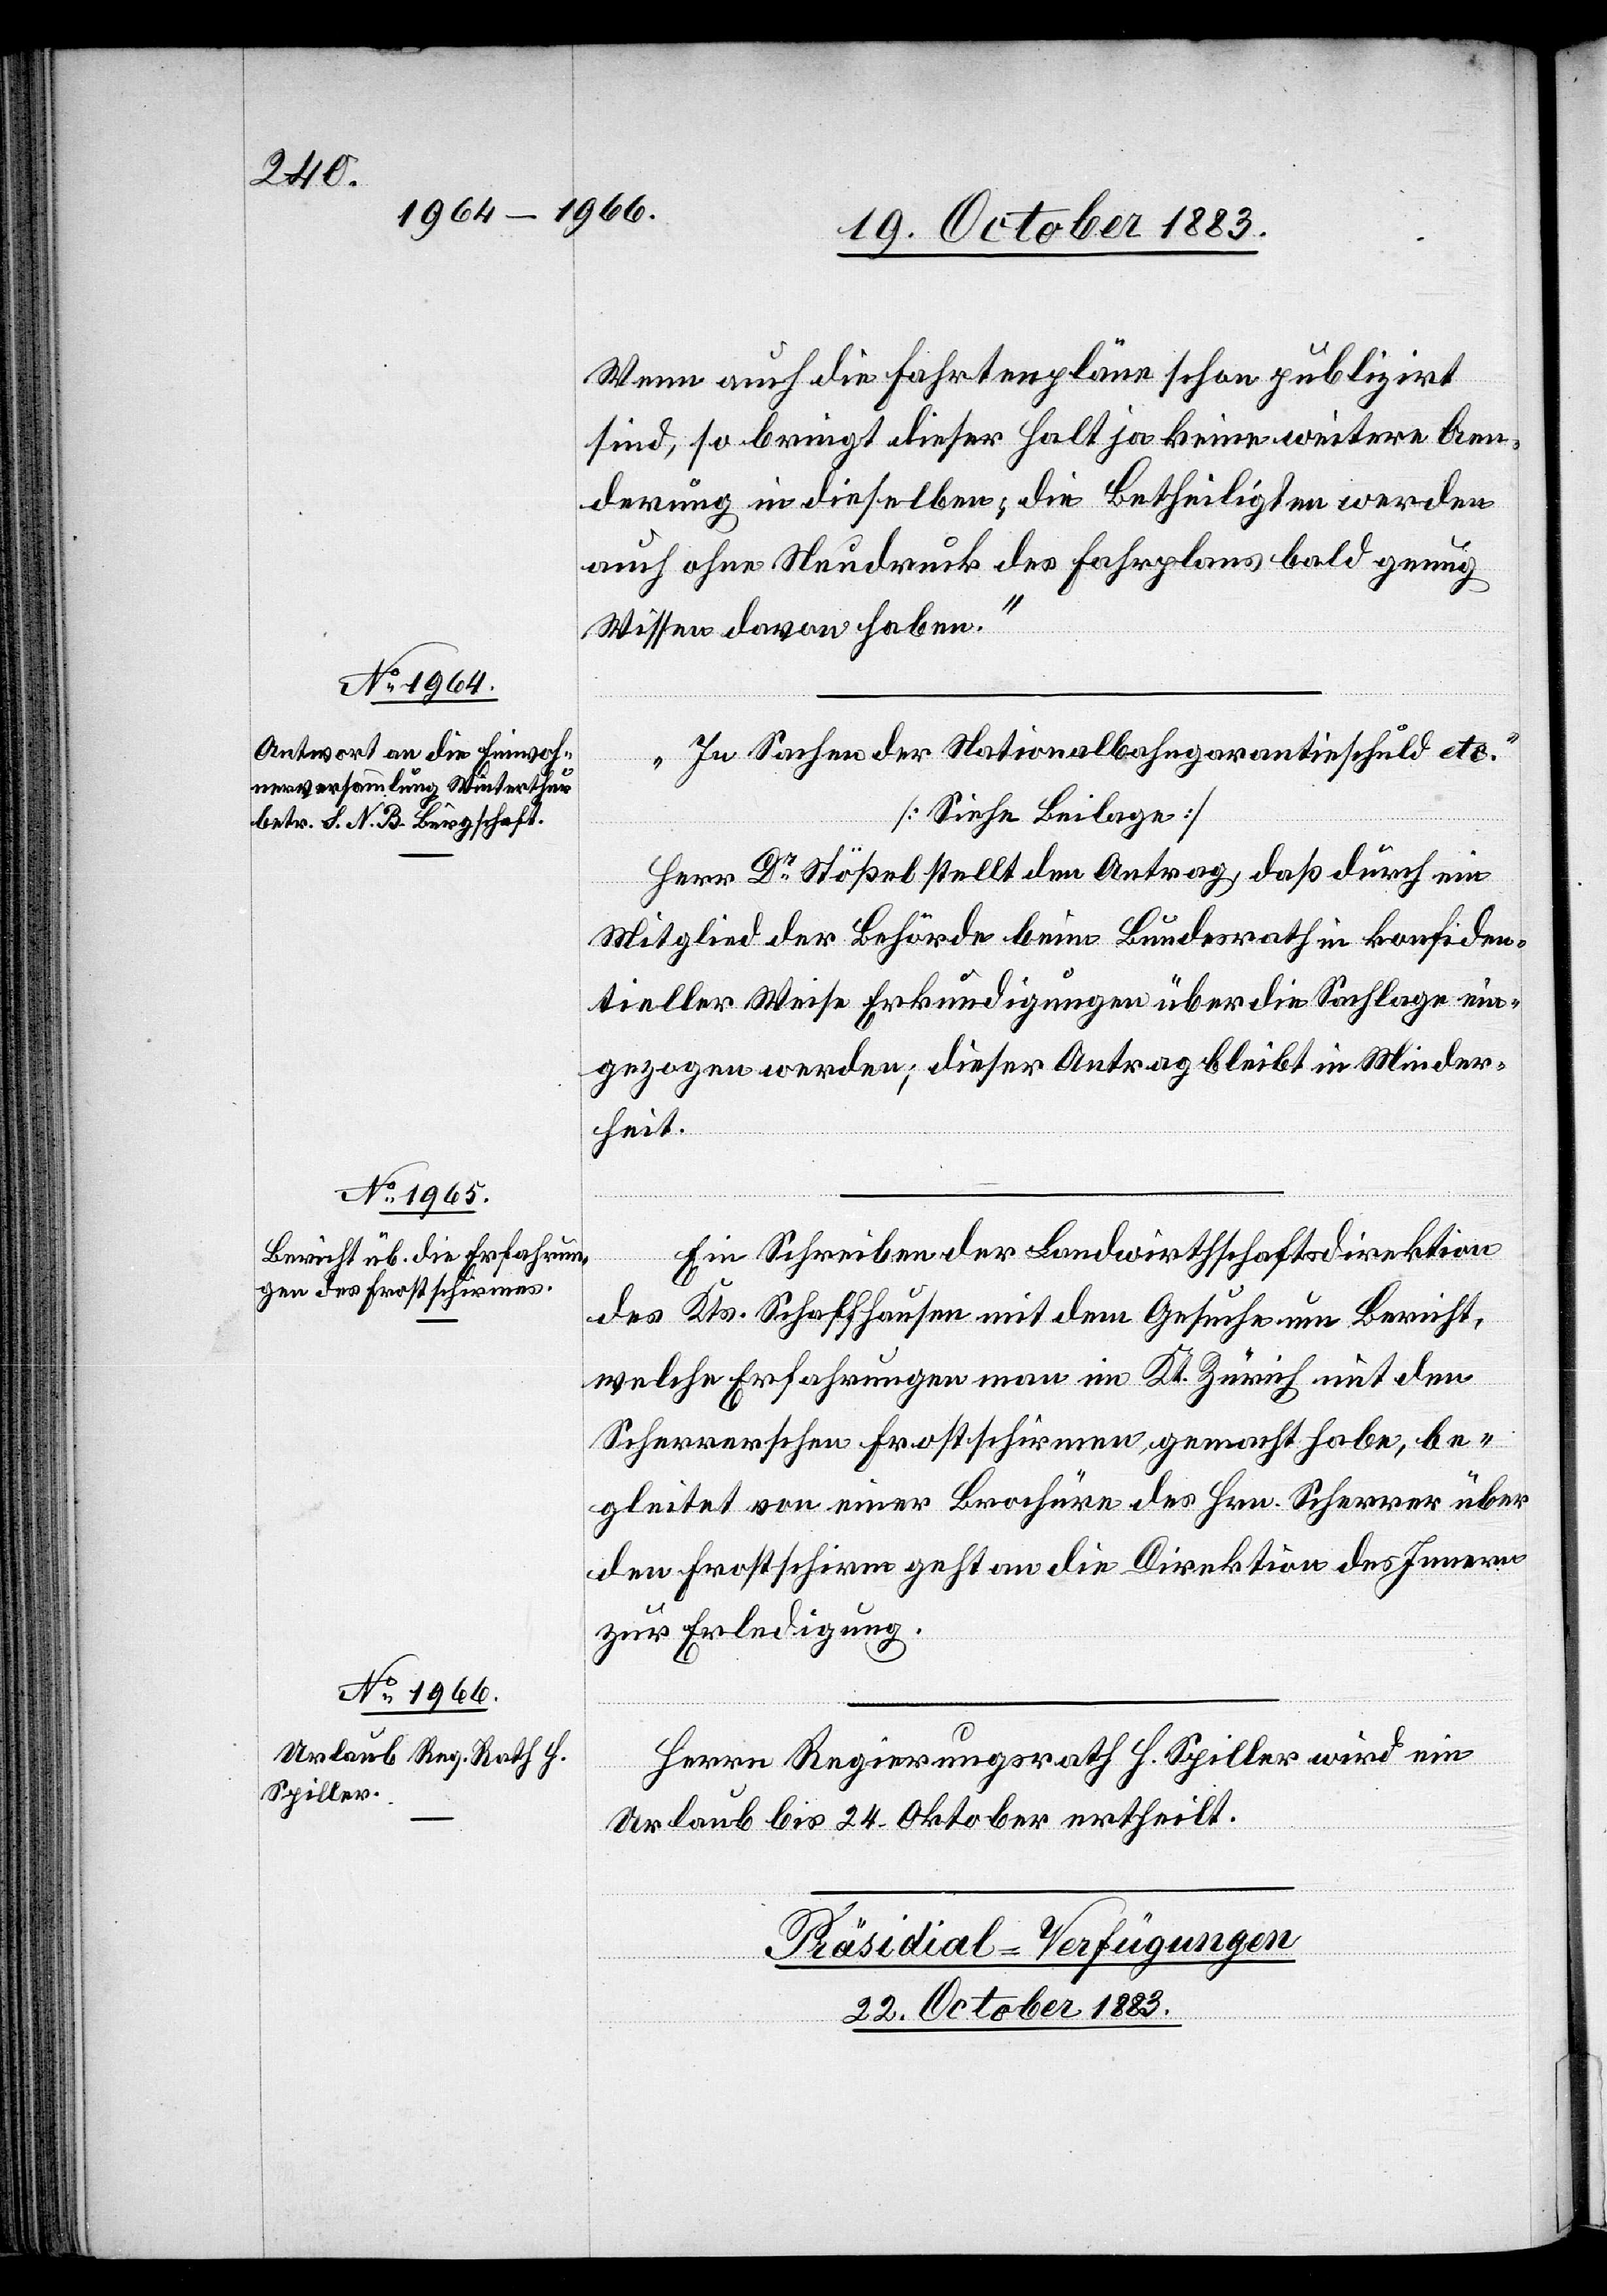
Wenn auch die Fahrtenpläne schon publizirt
sind, so bringt dieser Halt ja keine weitere Aen¬
derung in dieselben; die Betheiligten werden
auch ohne Neudruck des Fahrplans bald genug
Wissen davon haben.“
„In Sachen der Nationalbahngarantieschuld etc.“
[Siehe Beilage]
Herr Dr Stößel stellt den Antrag, daß durch ein
Mitglied der Behörde beim Bundesrath in konfiden¬
tieller Weise Erkundigungen über die Sachlage ein¬
gezogen werden; dieser Antrag bleibt in Minder¬
heit.
Ein Schreiben der Landwirthschaftsdirektion
des Kts. Schaffhausen mit dem Gesuche um Bericht,
welche Erfahrungen man im Kt. Zürich mit den
Scherrerschen Frostschirmen, gemacht habe, be¬
gleitet von einer Brochüre des Hrn. Scherrer über
den Frostschirm geht an die Direktion des Innern
zur Erledigung.
Herrn Regierungsrath H. Spiller wird ein
Urlaub bis 24. Oktober ertheilt.
Präsidial-Verfügungen
22. October 1883.